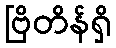
ဗြိတိန်ရှိ